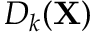
D _ { k } ( { \mathbf X } )